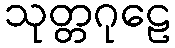
သုတ္တဂုဠေ